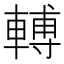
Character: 𨍭